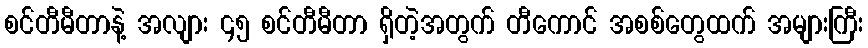
စင်တီမီတာနဲ့ အလျား ၄၅ စင်တီမီတာ ရှိတဲ့အတွက် တီကောင် အစစ်တွေထက် အများကြီး